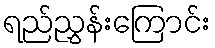
ရည်ညွှန်းကြောင်း